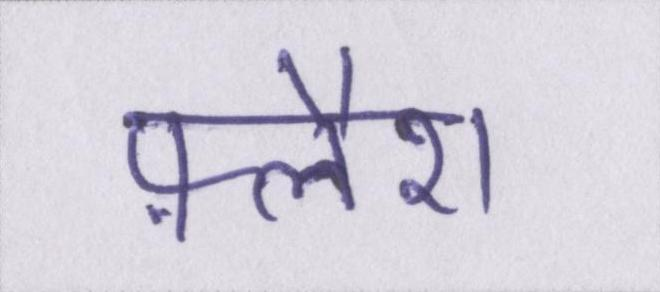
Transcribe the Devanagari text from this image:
फ़्लैश